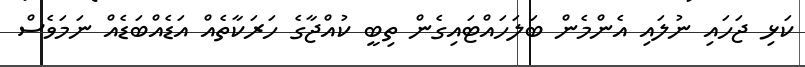
ކަޅި ޖަހައި ނުލައި އެންމެން ބަލަހައްޓައިގެން ތިބީ ކުއްޖާގެ ހަރަކާތެއް އަޑެއްބަޑެއް ނަމަވެސް